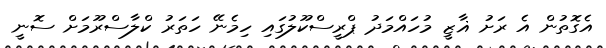
އެގޮތުން އެ ރަށު ޣާޒީ މުހައްމަދު ޕްރީސްކޫލުގައި ހިމެނޭ ހަތަރު ކްލާސްރޫމަށް ސޮނީ